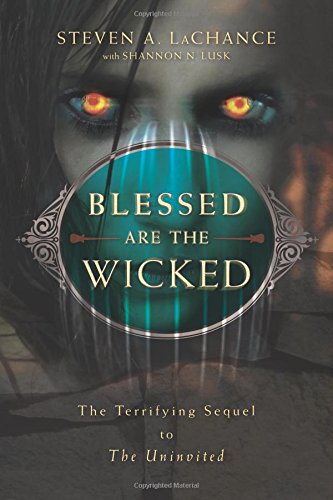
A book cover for Blessed Are the Wicked: The Terrifying Sequel to The Uninvited; Steven A. LaChance; Religion & Spirituality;